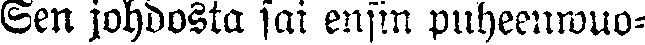
Sen johdosta sai ensin puheenwuo-